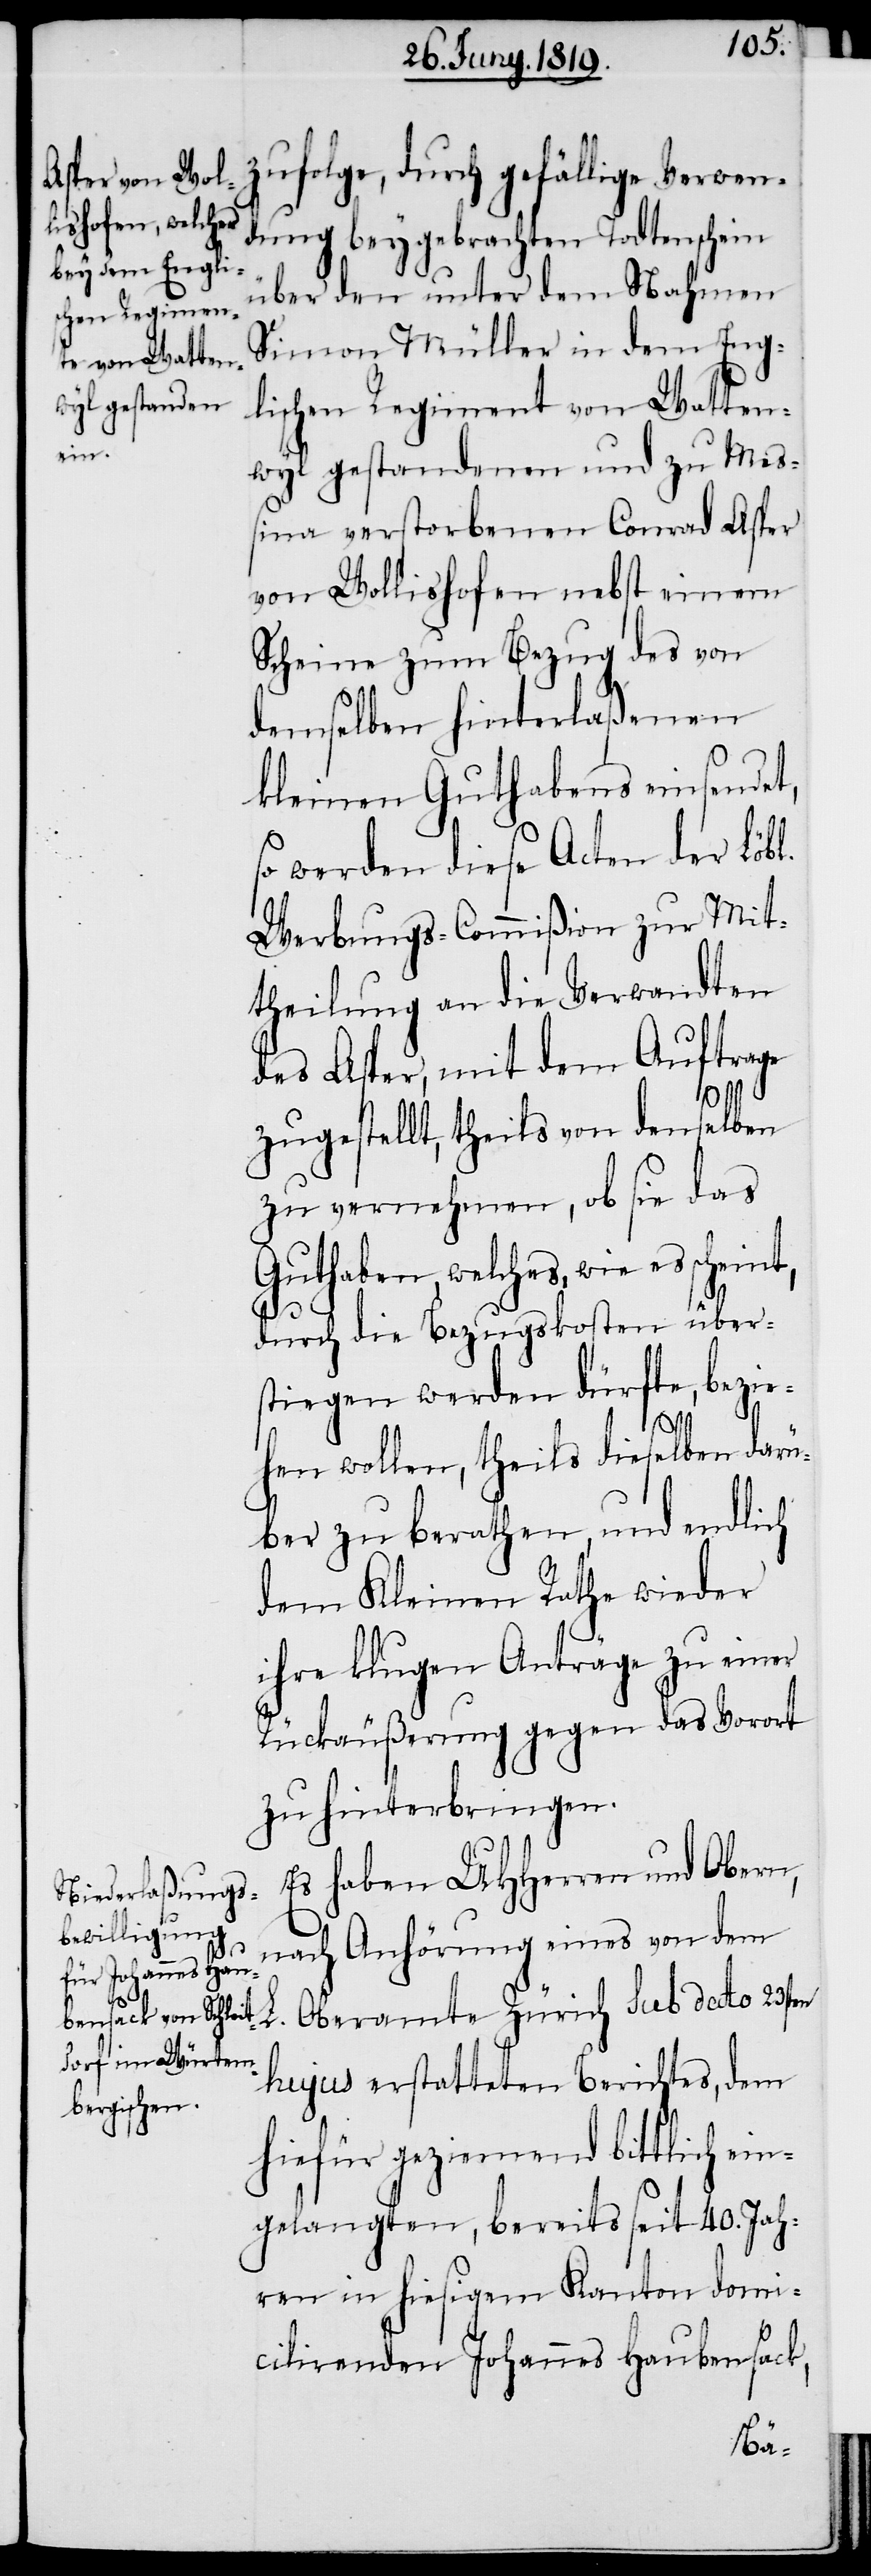
zufolge, durch gefällige Verwen¬
dung beygebrachten Todtenschein
über den unter dem Nahmen
Simon Müller in dem Eng¬
lischen Regiment von Watten¬
wyl gestandenen und zu Mes¬
sina verstorbenen Conrad Asper
von Wollishofen nebst einem
Scheine zum Bezug des von
demselben hinterlaßenen
kleinen Guthabens einsendet,
so werden diese Acten der Löbl.
Werbungs-Commißion zur Mit¬
theilung an die Verwandten
des Asper, mit dem Auftrage
zugestellt, theils von denselben
zu vernehmen, ob sie das
Guthaben, welches, wie es
durch die Bezugskosten über¬
stiegen werden dürfte, bezie¬
hen wollen, theils dieselben darü¬
ber zu berathen, und endlich
dem Kleinen Rathe wieder
ihre klugen Anträge zu einer
Rückäußerung gegen das Vorort
zu hinterbringen.
Es haben UHHerren und Obern,
nach Anhörung eines von dem
L. Oberamte Zürich sub dato 23.
hujus erstatteten Berichtes, dem
hiefür geziemend bittlich ein¬
gelangten, bereits seit 40. Jah¬
ren in hiesigem Kanton domi¬
cilirenden Johannes Haubensack,